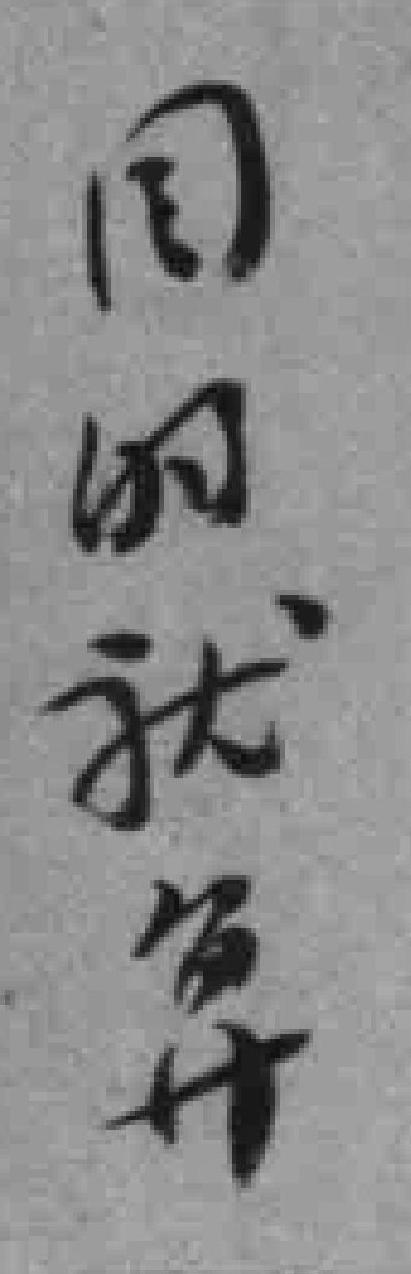
同时就算